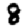
Digit: 8